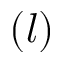
( l )